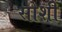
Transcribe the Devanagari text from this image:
सोशी